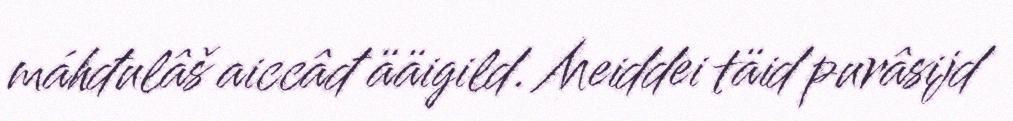
máhđulâš aiccâđ ääigild. Meiddei täid purâsijd